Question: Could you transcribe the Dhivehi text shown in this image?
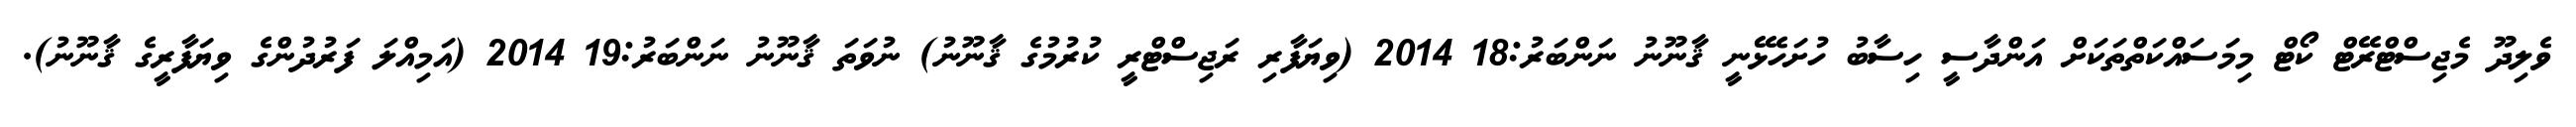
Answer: ވެލިދޫ މެޖިސްޓްރޭޓް ކޯޓް މިމަސައްކަތްތަކަށް އަންދާސީ ހިސާބު ހުށަހެޅޭނީ ޤާނޫނު ނަންބަރު:18 2014 (ވިޔަފާރި ރަޖިސްޓްރީ ކުރުމުގެ ޤާނޫނު) ނުވަތަ ޤާނޫނު ނަންބަރު:19 2014 (އަމިއްލަ ފަރުދުންގެ ވިޔަފާރީގެ ޤާނޫނު).